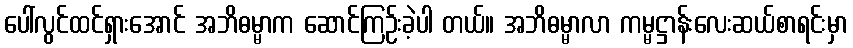
ပေါ်လွင်ထင်ရှားအောင် အဘိဓမ္မာက ဆောင်ကြဉ်းခဲ့ပါ တယ်။ အဘိဓမ္မာလာ ကမ္မဋ္ဌာန်းလေးဆယ်စာရင်းမှာ